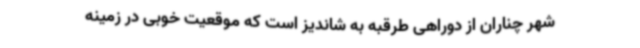
شهر چناران از دوراهی طرقبه به شاندیز است که موقعیت خوبی در زمینه